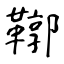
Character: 鞹